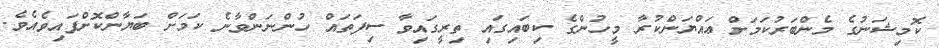
ކޮމިޝަނުގެ މެންބަރުކަމަށް ޢައްޔަންކުރާ މީހުންގެ ކިބައިގައި ތިރީގައިވާ ސިފަތައް ހުންނަންވާނެ ކަމަށް ބަޔާންކޮށްފައިވެއެވެ.